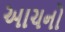
આચનો